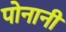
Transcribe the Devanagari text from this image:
पोनानी